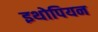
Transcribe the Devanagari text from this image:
इथोपियन